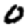
Digit: 0